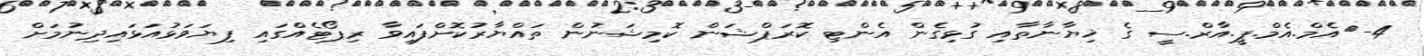
4-	އެމް.އެމް.ޕީ.އާރް.ސީ ގެ ޚިޔާނާތާއި ގުޅިގެން އެންޓި ކޮރަޕްޝަން ކޮމިޝަނުން ތައްޔާރުކޮށްފައިވާ ރިޕޯޓެއްގައި ފިޔަވަޅުއަޅައިދިނުމަށް